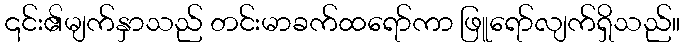
၎င်း၏မျက်နှာသည် တင်းမာခက်ထရော်ကာ ဖြူရော်လျက်ရှိသည်။